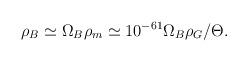
LaTeX: \begin{align*}\rho_B \simeq \Omega_B \rho_m \simeq 10^{-61} \Omega_B \rho_G/\Theta.\end{align*}